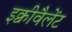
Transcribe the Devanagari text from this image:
इक्वीवैलेंट